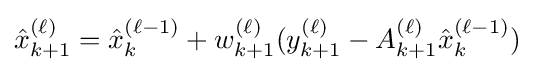
{\hat {x}}_{k+1}^{(\ell )}={\hat {x}}_{k}^{(\ell -1)}+w_{k+1}^{(\ell )}(y_{k+1}^{(\ell )}-A_{k+1}^{(\ell )}{\hat {x}}_{k}^{(\ell -1)})